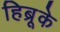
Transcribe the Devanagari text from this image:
हिब्रूके